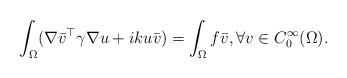
LaTeX: \begin{align*} \int_{\Omega} (\nabla \bar{v}^\top \gamma \nabla u + ik u \bar v) = \int_{\Omega} f\bar{v},\forall v\in C_0^\infty(\Omega).\end{align*}